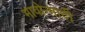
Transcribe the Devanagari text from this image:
भावोन्मादी